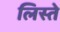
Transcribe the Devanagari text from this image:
लिस्ते